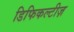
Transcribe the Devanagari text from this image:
डिफिकल्टीज़